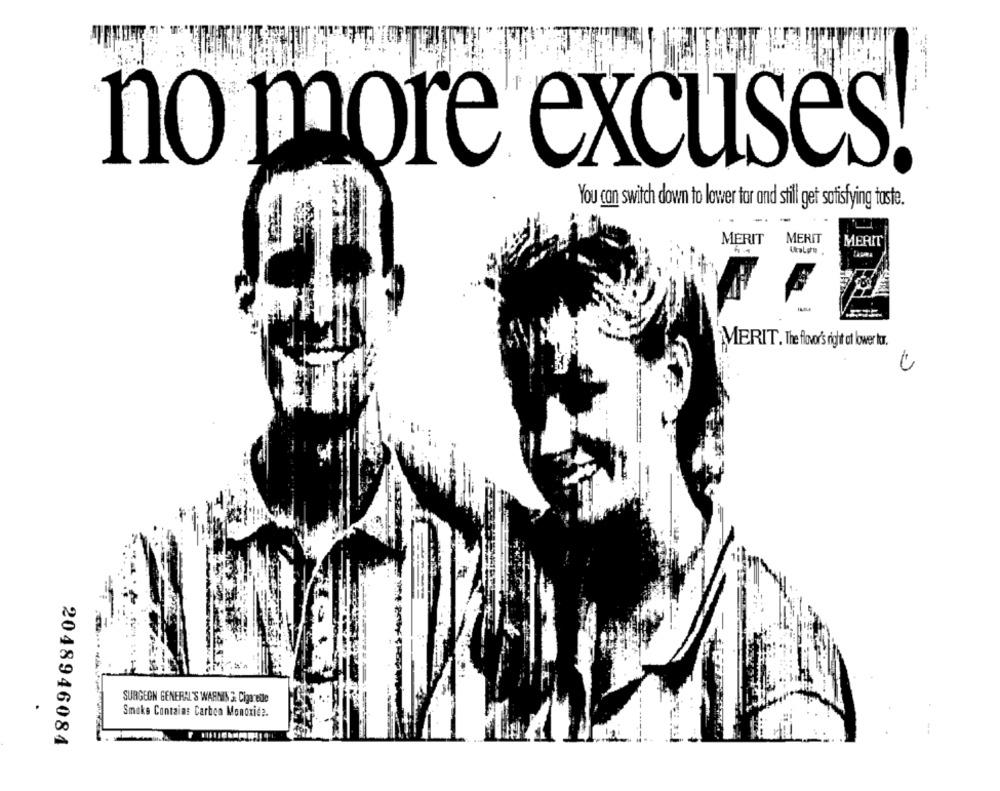
------
---
no more excuses!
You can switch down to lower tar and still get satisfying taste.
MERIT
MERIT
MERIT
MERIT. The flavor's right at lower tr.
SURGEON GENERAL'S WARNING. Cigarede
Smoke Contains Carbon Monoxide.
2048946084